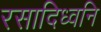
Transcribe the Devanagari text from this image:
रसादिध्वनि